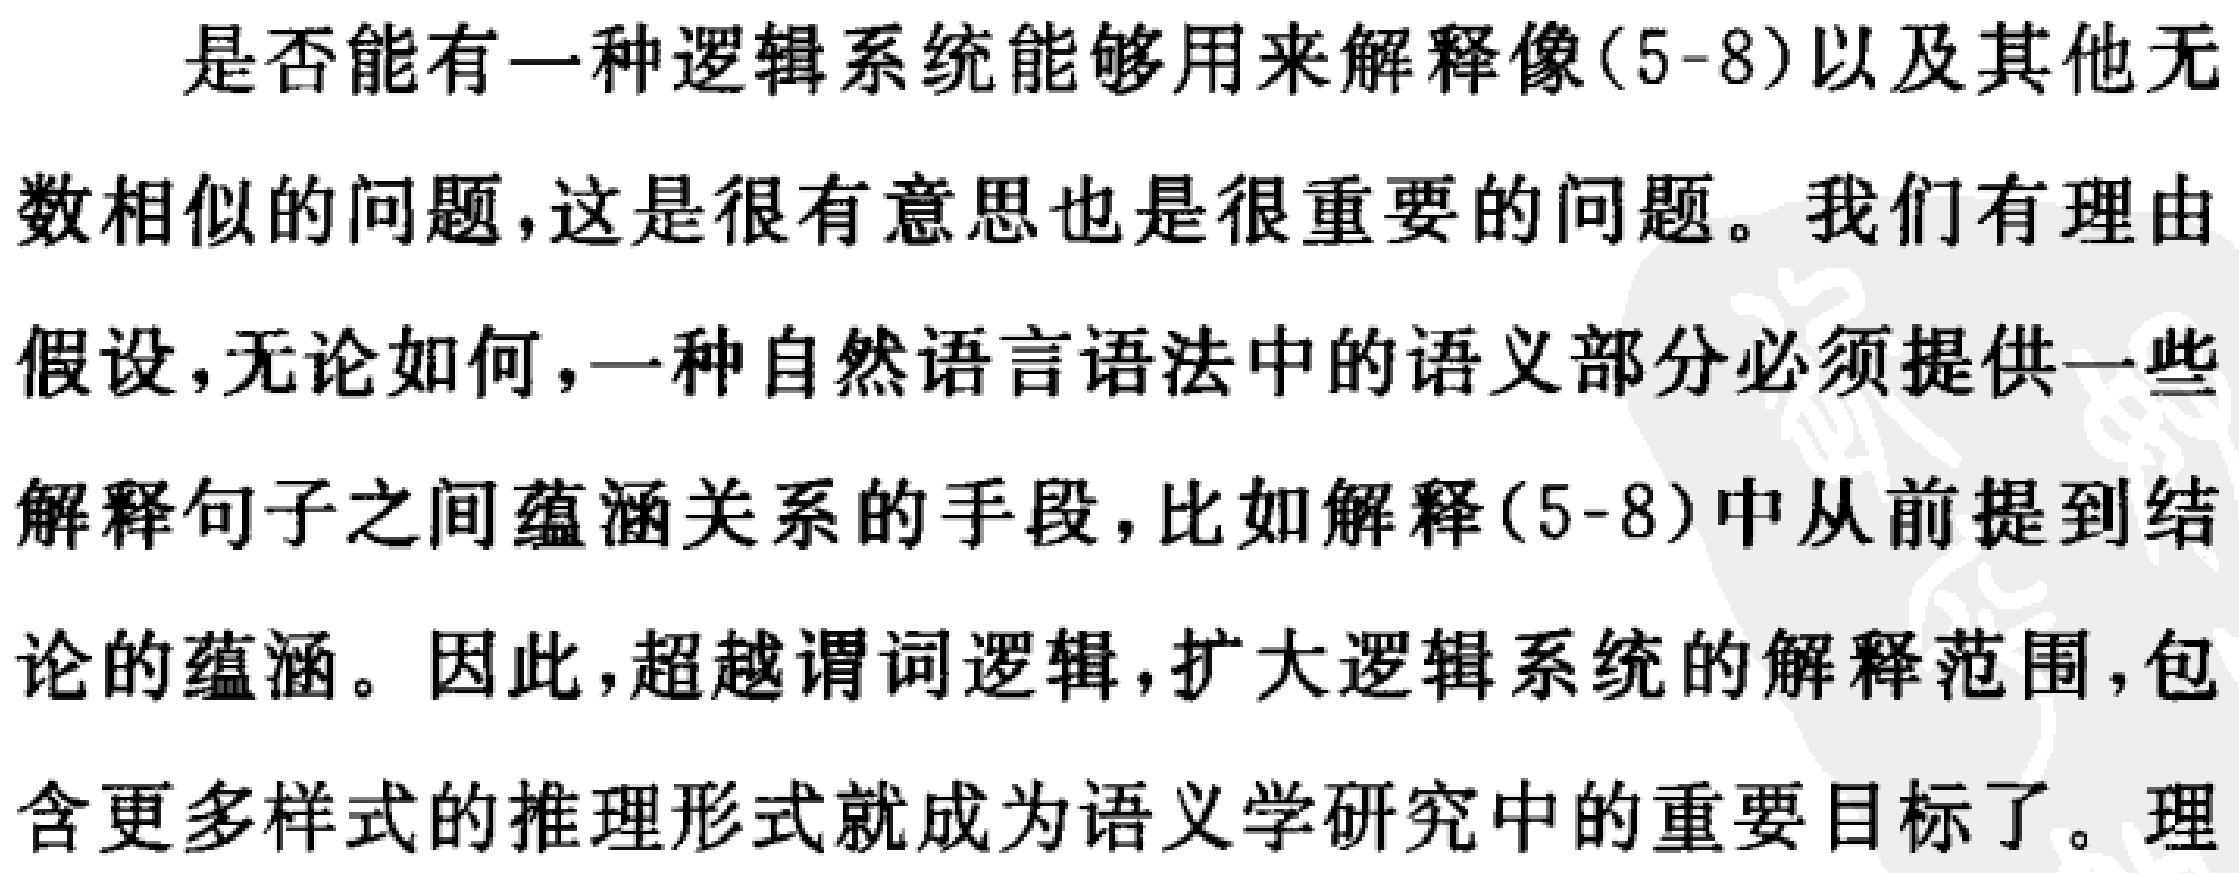
是否能有一种逻辑系统能够用来解释像(5-8)以及其他无
数相似的问题，这是很有意思也是很重要的问题。我们有理由
假设，无论如何，一种自然语言语法中的语义部分必须提供一些
解释句子之间蕴涵关系的手段，比如解释(5-8)中从前提到结
论的蕴涵。因此，超越谓词逻辑，扩大逻辑系统的解释范围，包
含更多样式的推理形式就成为语义学研究中的重要目标了。理